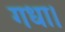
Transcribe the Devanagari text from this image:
गधा।